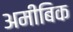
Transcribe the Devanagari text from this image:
अमीबिक